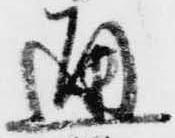
通